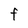
Character: F